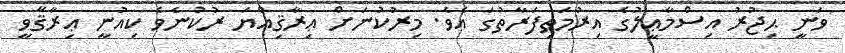
ވަނީ ޙިޖުރު އިސްމާޢީލުގެ އިރުމަތިފަރާތުގަ އެވެ. މިރުކުނަށް ޢިރާޤިއްޔަ ރުކުނެވެ ކިއުނީ ޢިރާޤާވީ